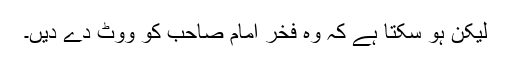
لیکن ہو سکتا ہے کہ وہ فخر امام صاحب کو ووٹ دے دیں۔